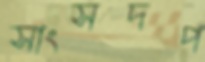
সাংসদপ